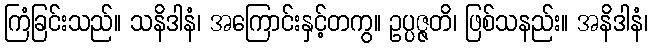
ကြံခြင်းသည်။ သနိဒါနံ၊ အကြောင်းနှင့်တကွ။ ဥပ္ပဇ္ဇတိ၊ ဖြစ်သနည်း။ အနိဒါနံ၊